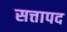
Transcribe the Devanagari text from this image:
सत्तापद